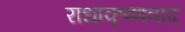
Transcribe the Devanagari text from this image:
राधाकृष्णवाद